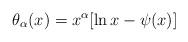
LaTeX: \begin{align*}\theta_\alpha(x)=x^\alpha[\ln x-\psi(x)]\end{align*}